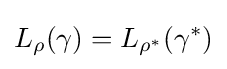
L_{\rho }(\gamma )=L_{\rho ^{*}}(\gamma ^{*})